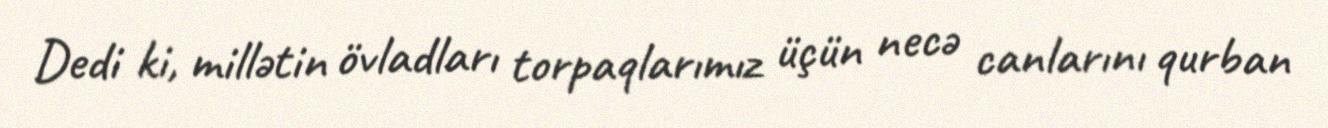
Dedi ki, millətin övladları torpaqlarımız üçün necə canlarını qurban